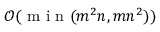
\mathcal { O } ( \mathrm { ~ m ~ i ~ n ~ } ( m ^ { 2 } n , m n ^ { 2 } ) )